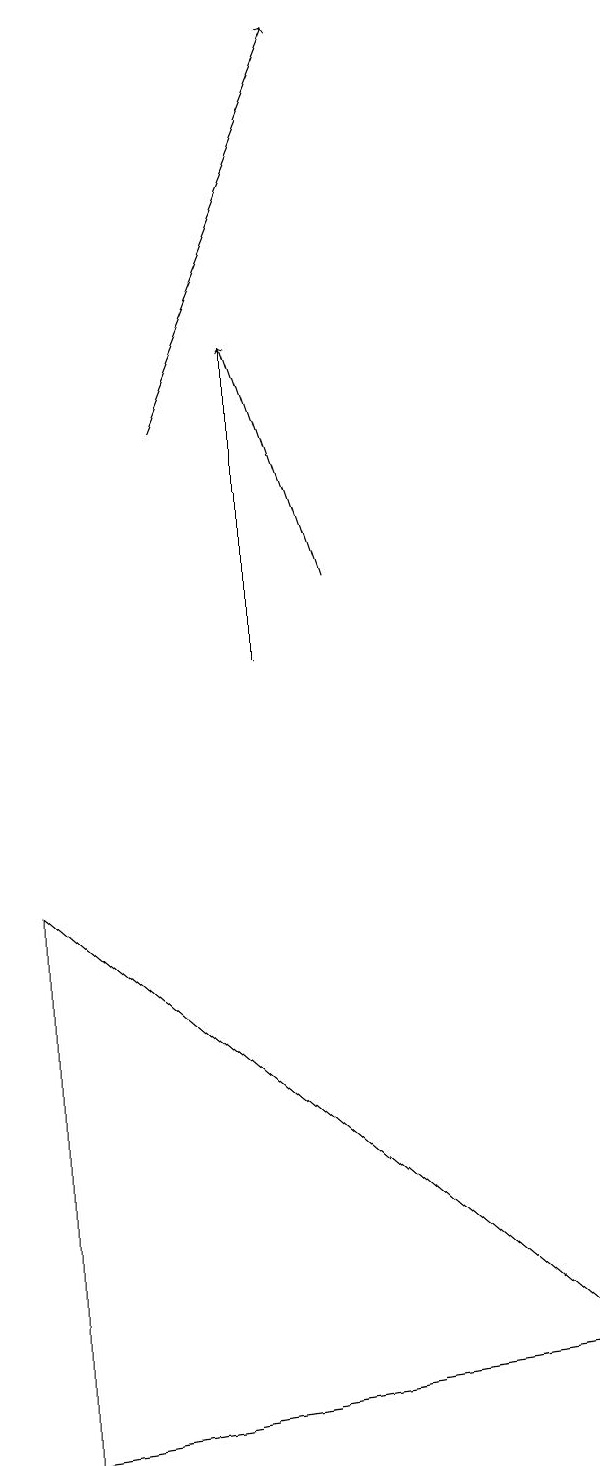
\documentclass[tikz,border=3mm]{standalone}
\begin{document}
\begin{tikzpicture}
\draw (5,14) rectangle (5,10);
\draw[->] (4,13) -- (6,18);
\draw (2,7) -- (9,1) -- (2,0) -- cycle;
\draw[->] (6,11) -- (5,14);
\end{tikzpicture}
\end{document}